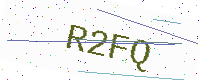
Text: R2FQ